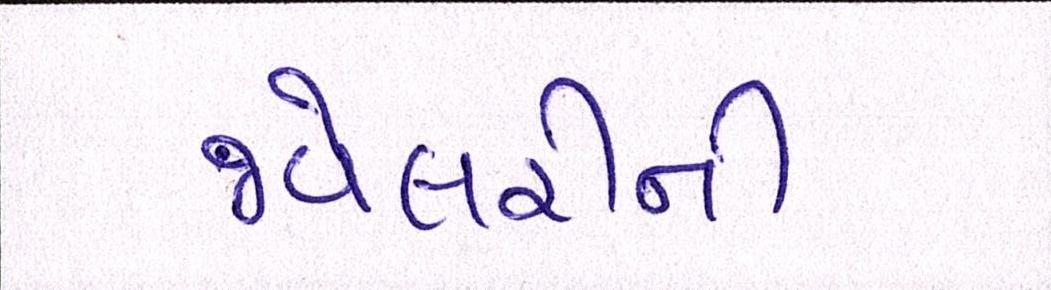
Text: જ્વેલરીની